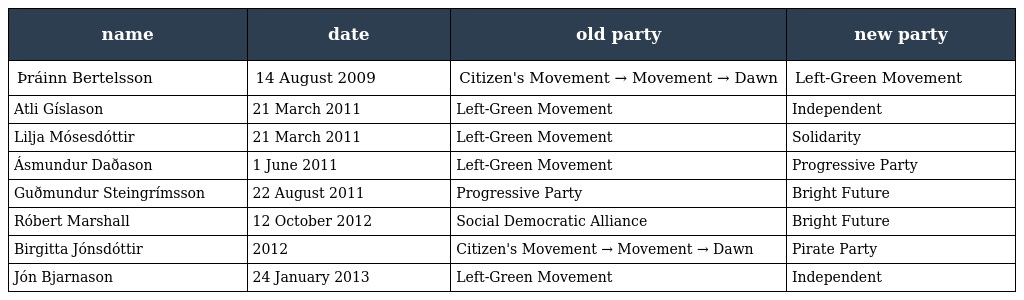
| name | date | old party | new party |
 | --- | --- | --- | --- |
 | Þráinn Bertelsson | 14 August 2009 | Citizen's Movement → Movement → Dawn | Left-Green Movement |
 | Atli Gíslason | 21 March 2011 | Left-Green Movement | Independent |
 | Lilja Mósesdóttir | 21 March 2011 | Left-Green Movement | Solidarity |
 | Ásmundur Daðason | 1 June 2011 | Left-Green Movement | Progressive Party |
 | Guðmundur Steingrímsson | 22 August 2011 | Progressive Party | Bright Future |
 | Róbert Marshall | 12 October 2012 | Social Democratic Alliance | Bright Future |
 | Birgitta Jónsdóttir | 2012 | Citizen's Movement → Movement → Dawn | Pirate Party |
 | Jón Bjarnason | 24 January 2013 | Left-Green Movement | Independent |